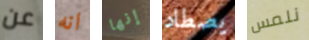
عن انه إنها يصطاد نلمس